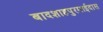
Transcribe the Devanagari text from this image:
बादशाहपुरमाईदास